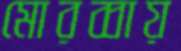
মোরব্বায়